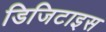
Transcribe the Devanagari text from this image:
डिजिटाइस